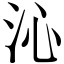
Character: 沁